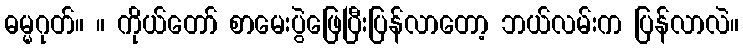
ဓမ္မဂုတ်။ ။ ကိုယ်တော် စာမေးပွဲဖြေပြီးပြန်လာတော့ ဘယ်လမ်းက ပြန်လာလဲ။